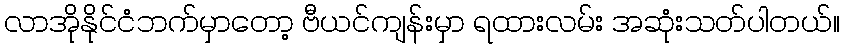
လာအိုနိုင်ငံဘက်မှာတော့ ဗီယင်ကျန်းမှာ ရထားလမ်း အဆုံးသတ်ပါတယ်။